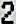
2